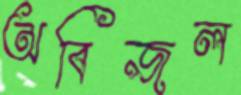
অবিজল